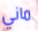
ماني